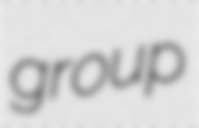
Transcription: group